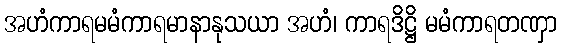
အဟံကာရမမံကာရမာနာနုသယာ အဟံ၊ ကာရဒိဋ္ဌိ မမံကာရတဏှာ